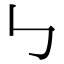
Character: ㇉